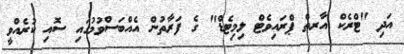
އަދި "ޓްރެކް އާރތް ޕްރައިވެޓް ލިމިޓެޑް" ގެ ފަރާތުން އެއްބަސްވުމުގައި ސޮއި ކުރެއްވީ